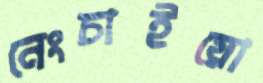
নেংচাইয়ো